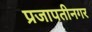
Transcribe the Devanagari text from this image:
प्रजापतीनगर